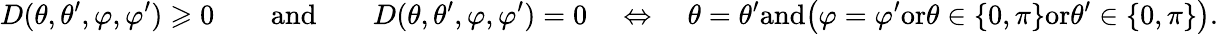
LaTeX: D(\theta,\theta^{\prime},\varphi,\varphi^{\prime})\geqslant 0\qquad\textnormal{and}\qquad D(\theta,\theta^{\prime},\varphi,\varphi^{\prime})=0\quad\Leftrightarrow\quad\theta=\theta^{\prime}\textnormal{and}\big(\varphi=\varphi^{\prime}\textnormal{or}\theta\in\{ 0,\pi\} \textnormal{or}\theta^{\prime}\in\{ 0,\pi\} \big).